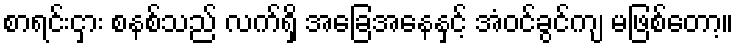
စာရင်းငှား စနစ်သည် လက်ရှိ အခြေအနေနှင့် အံဝင်ခွင်ကျ မဖြစ်တော့။